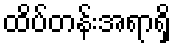
ထိပ်တန်းအရာရှိ